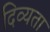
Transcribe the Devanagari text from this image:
दिव्‍यता